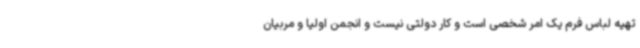
تهیه لباس فرم یک امر شخصی است و کار دولتی نیست و انجمن اولیا و مربیان